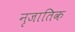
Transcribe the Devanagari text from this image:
नृजातिक